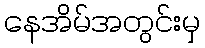
နေအိမ်အတွင်းမှ